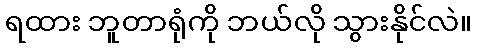
ရထား ဘူတာရုံကို ဘယ်လို သွားနိုင်လဲ။